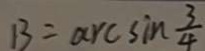
B = \arcsin \frac { 3 } { 4 }